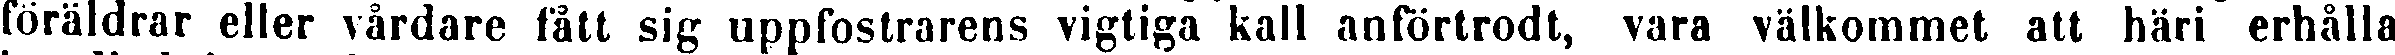
föräldrar eller vårdare fått sig uppfostrarens vigtiga kall anförtrodt, vara välkommet att häri erhålla